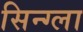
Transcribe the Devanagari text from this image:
सिन्ग्ला